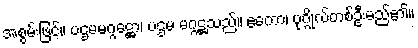
အစွမ်းဖြင့်။ ပဌမမဂ္ဂဋ္ဌော၊ ပဌမ မဂ္ဂဋ္ဌသည်။ ဧကော၊ ပုဂ္ဂိုလ်တစ်ဦးမည်၏။